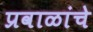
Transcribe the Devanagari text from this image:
प्रवाळांचे